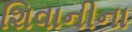
શિવાનીના